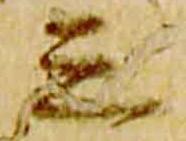
三